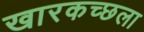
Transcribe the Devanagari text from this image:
खारकच्छला